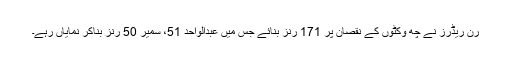
رن ریڈرز نے چھ وکٹوں کے نقصان پر 171 رنز بنائے جس میں عبدالواحد 51، سمیر 50 رنز بناکر نمایاں رہے۔